Civil Veterinary Dept. Bombay admin report 1900-1906 - 1900-1906
Year: 1900
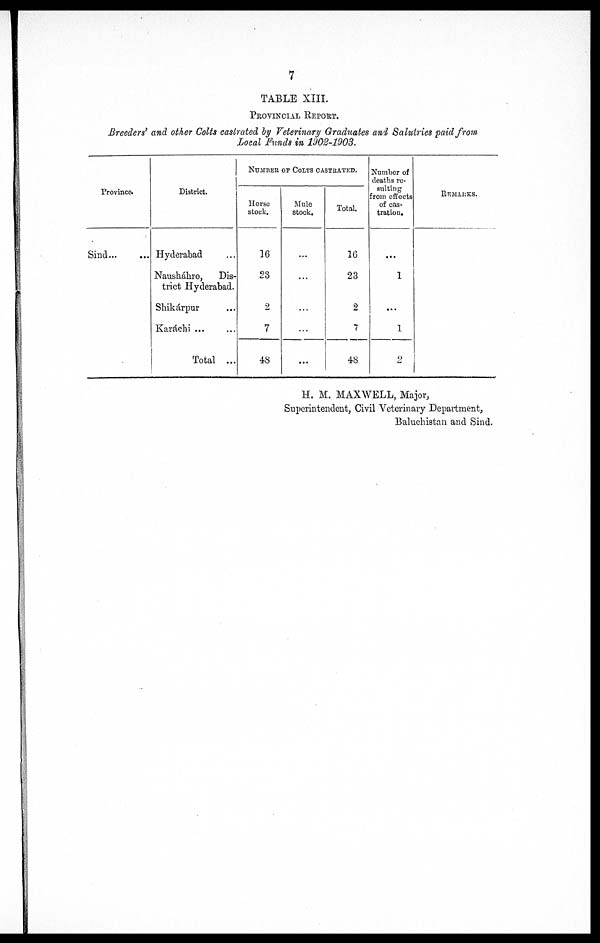
7
TABLE XIII.
PROVINCIAL REPORT.
Breeders' and other Colts castrated by Veterinary Graduates and Salutries paid from
Local Funds in 1902-1903.
Province.
Sind … …
District.
Hyderabad
Nauskáhro,
Dis-
trict Hyderabad.
Shikárpur …
Karáchi ... …
Total ...
NUMBER OF COLTS CASTRATED.
Horse
stock.
16
23
2
7
48
Mule
stock.
...
…
...
...
...
Total.
16
23
2
7
48
Number of
deaths re-
sulting
from effects
of cas-
tration.
…
1
...
1
2
REMARKS.
H. M. MAXWELL, Major,
Superintendent, Civil Veterinary Department,
Baluchistan and Sind.